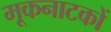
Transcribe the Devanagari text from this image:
मूकनाटकों